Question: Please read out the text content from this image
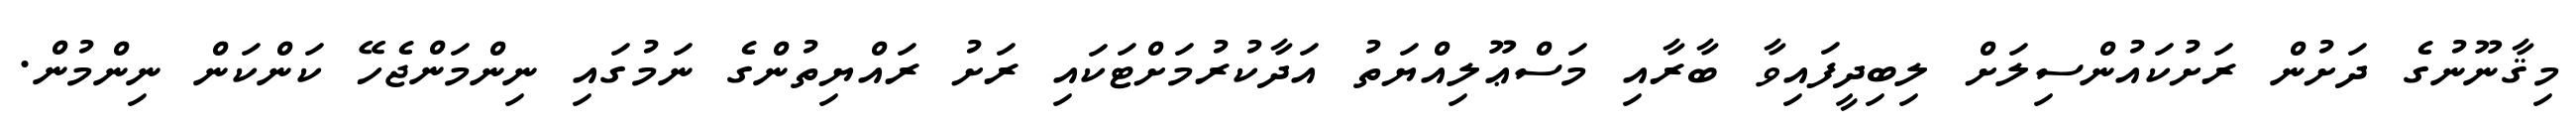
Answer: މިޤާނޫނުގެ ދަށުން ރަށުކައުންސިލަށް ލިބިދީފައިވާ ބާރާއި މަސްޢޫލިއްޔަތު އަދާކުރުމަށްޓަކައި ރަށު ރައްޔިތުންގެ ނަމުގައި ނިންމަންޖެހޭ ކަންކަން ނިންމުން.